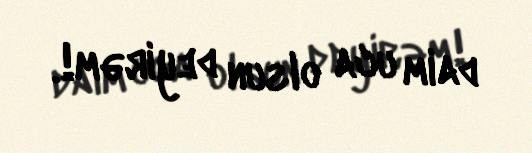
daim uca olsun deyirəm!.